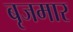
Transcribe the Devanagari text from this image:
बृजमार